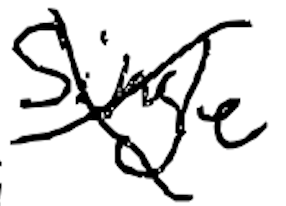
Text: single
Cross-out: cross
Writing tool: digital_black